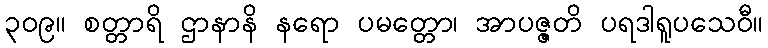
၃၀၉။ စတ္တာရိ ဌာနာနိ နရော ပမတ္တော၊ အာပဇ္ဇတိ ပရဒါရူပသေဝီ။